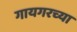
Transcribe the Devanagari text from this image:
गायगरच्या